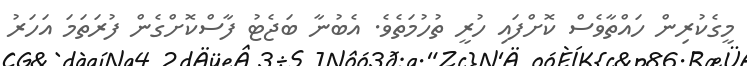
މީގެކުރިން ހައްތާވެސް ކޮށްފައި ހުރީ ތުހުމަތެވެ. އެބުނާ ބަޖެޓު ފާސްކޮށްގެން ފުރަތަމަ އަހަރު